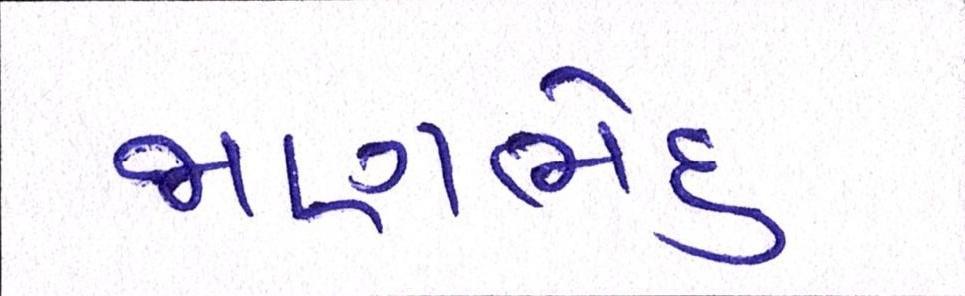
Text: જાણભેદુ